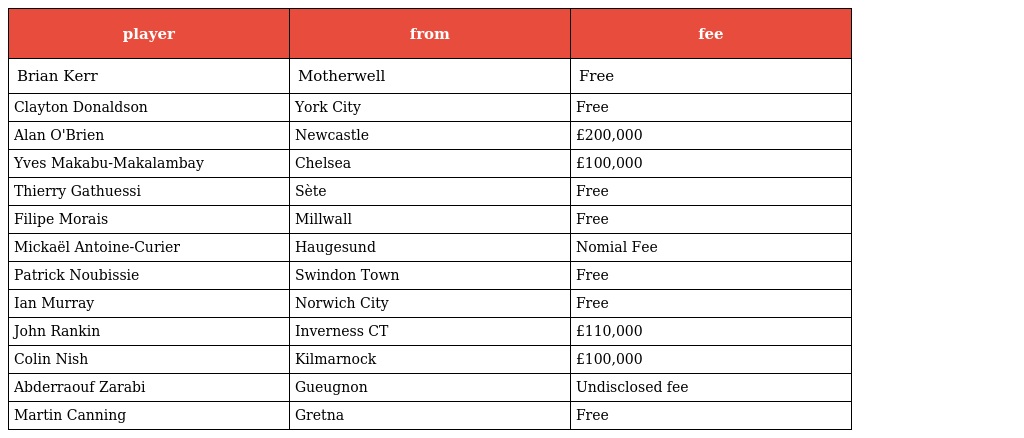
| player | from | fee |
 | --- | --- | --- |
 | Brian Kerr | Motherwell | Free |
 | Clayton Donaldson | York City | Free |
 | Alan O'Brien | Newcastle | £200,000 |
 | Yves Makabu-Makalambay | Chelsea | £100,000 |
 | Thierry Gathuessi | Sète | Free |
 | Filipe Morais | Millwall | Free |
 | Mickaël Antoine-Curier | Haugesund | Nomial Fee |
 | Patrick Noubissie | Swindon Town | Free |
 | Ian Murray | Norwich City | Free |
 | John Rankin | Inverness CT | £110,000 |
 | Colin Nish | Kilmarnock | £100,000 |
 | Abderraouf Zarabi | Gueugnon | Undisclosed fee |
 | Martin Canning | Gretna | Free |